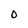
Character: O